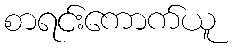
စာရင်းကောက်ယူ